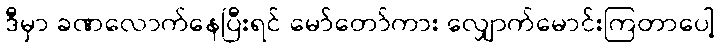
ဒီမှာ ခဏလောက်နေပြီးရင် မော်တော်ကား လျှောက်မောင်းကြတာပေါ့